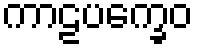
ကာဠပက္ခေဝ